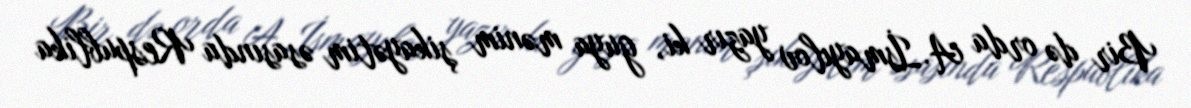
Bir də orda A.İsmayılov yazır ki, guya mənim şikayətim əsasında Respublika